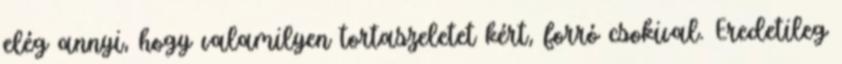
elég annyi, hogy valamilyen tortaszeletet kért, forró csokival. Eredetileg